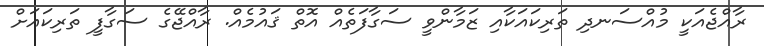
ރާއްޖެއަކީ މުއްސަނދި ތަރިކައަކާއި ޒަމާންވީ ސަގާފަތެއް އޮތް ޤައުމެއް. ރާއްޖޭގެ ސަގާފީ ތަރިކައަށް